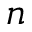
n